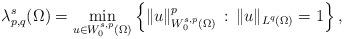
LaTeX: \begin{align*}\lambda^s_{p,q}(\Omega)=\min_{u\in W^{s,p}_0(\Omega)}\left\{\|u\|^p_{W^{s,p}_0(\Omega)}\, :\, \|u\|_{L^q(\Omega)}=1\right\},\end{align*}